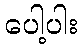
ပေါ့ပါး